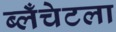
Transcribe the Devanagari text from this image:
ब्लँचेटला